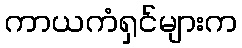
ကာယကံရှင်များက